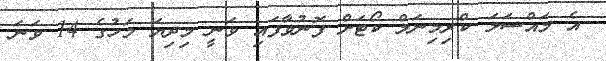
އެ މައްސަލަ ކްރިމިނަލް ކޯޓަށް ފޮނުވާފައި ވަނީ މިދިޔަ މަހުގެ 14 ވަނަ